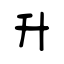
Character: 升